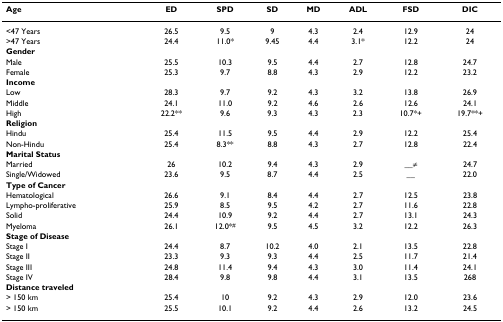
<table><thead><tr><td><b>Age</b></td><td><b>ED</b></td><td><b>SPD</b></td><td><b>SD</b></td><td><b>MD</b></td><td><b>ADL</b></td><td><b>FSD</b></td><td><b>DIC</b></td></tr></thead><tbody><tr><td>&lt;47 Years</td><td>26.5</td><td>9.5</td><td>9</td><td>4.3</td><td>2.4</td><td>12.9</td><td>24</td></tr><tr><td>&gt;47 Years</td><td>24.4</td><td>11.0*</td><td>9.45</td><td>4.4</td><td>3.1*</td><td>12.2</td><td>24</td></tr><tr><td colspan="8"><b>Gender</b></td></tr><tr><td>Male</td><td>25.5</td><td>10.3</td><td>9.5</td><td>4.4</td><td>2.7</td><td>12.8</td><td>24.7</td></tr><tr><td>Female</td><td>25.3</td><td>9.7</td><td>8.8</td><td>4.3</td><td>2.9</td><td>12.2</td><td>23.2</td></tr><tr><td colspan="8"><b>Income</b></td></tr><tr><td>Low</td><td>28.3</td><td>9.7</td><td>9.2</td><td>4.3</td><td>3.2</td><td>13.8</td><td>26.9</td></tr><tr><td>Middle</td><td>24.1</td><td>11.0</td><td>9.2</td><td>4.6</td><td>2.6</td><td>12.6</td><td>24.1</td></tr><tr><td>High</td><td>22.2**</td><td>9.6</td><td>9.3</td><td>4.3</td><td>2.3</td><td>10.7*+</td><td>19.7**+</td></tr><tr><td colspan="8"><b>Religion</b></td></tr><tr><td>Hindu</td><td>25.4</td><td>11.5</td><td>9.5</td><td>4.4</td><td>2.9</td><td>12.2</td><td>25.4</td></tr><tr><td>Non-Hindu</td><td>25.4</td><td>8.3**</td><td>8.8</td><td>4.3</td><td>2.7</td><td>12.8</td><td>22.4</td></tr><tr><td colspan="8"><b>Marital Status</b></td></tr><tr><td>Married</td><td>26</td><td>10.2</td><td>9.4</td><td>4.3</td><td>2.9</td><td>__≠</td><td>24.7</td></tr><tr><td>Single/Widowed</td><td>23.6</td><td>9.5</td><td>8.7</td><td>4.4</td><td>2.5</td><td>__</td><td>22.0</td></tr><tr><td colspan="8"><b>Type of Cancer</b></td></tr><tr><td>Hematological</td><td>26.6</td><td>9.1</td><td>8.4</td><td>4.4</td><td>2.7</td><td>12.5</td><td>23.8</td></tr><tr><td>Lympho-proliferative</td><td>25.9</td><td>8.5</td><td>9.5</td><td>4.2</td><td>2.7</td><td>11.6</td><td>22.8</td></tr><tr><td>Solid</td><td>24.4</td><td>10.9</td><td>9.2</td><td>4.4</td><td>2.7</td><td>13.1</td><td>24.3</td></tr><tr><td>Myeloma</td><td>26.1</td><td>12.0*<sup>#</sup></td><td>9.5</td><td>4.5</td><td>3.2</td><td>12.2</td><td>26.3</td></tr><tr><td colspan="8"><b>Stage of Disease</b></td></tr><tr><td>Stage I</td><td>24.4</td><td>8.7</td><td>10.2</td><td>4.0</td><td>2.1</td><td>13.5</td><td>22.8</td></tr><tr><td>Stage II</td><td>23.3</td><td>9.3</td><td>9.3</td><td>4.4</td><td>2.5</td><td>11.7</td><td>21.4</td></tr><tr><td>Stage III</td><td>24.8</td><td>11.4</td><td>9.4</td><td>4.3</td><td>3.0</td><td>11.4</td><td>24.1</td></tr><tr><td>Stage IV</td><td>28.4</td><td>9.8</td><td>9.8</td><td>4.4</td><td>3.1</td><td>13.5</td><td>268</td></tr><tr><td colspan="8"><b>Distance traveled</b></td></tr><tr><td>&gt; 150 km</td><td>25.4</td><td>10</td><td>9.2</td><td>4.3</td><td>2.9</td><td>12.0</td><td>23.6</td></tr><tr><td>&gt; 150 km</td><td>25.5</td><td>10.1</td><td>9.2</td><td>4.4</td><td>2.6</td><td>13.2</td><td>24.5</td></tr></tbody></table>